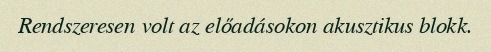
Rendszeresen volt az előadásokon akusztikus blokk.